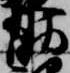
助